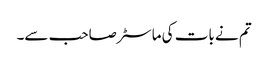
تم نے بات کی ماسٹر صاحب سے۔